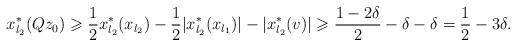
LaTeX: \begin{align*}x^*_{l_2}(Qz_0) & \geqslant \frac12x^*_{l_2}(x_{l_2}) - \frac12|x^*_{l_2}(x_{l_1})| - |x^*_{l_2}(v)| \geqslant \frac{1-2\delta}{2}-\delta-\delta=\frac12-3\delta. \end{align*}